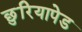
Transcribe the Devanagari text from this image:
छुरियापेड